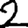
Digit: 2